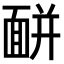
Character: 𩈚